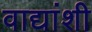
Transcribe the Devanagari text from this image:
वाद्यांशी